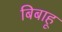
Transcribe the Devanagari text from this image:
बिबाहू